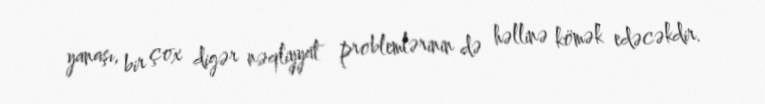
yanaşı, bir çox digər nəqliyyat problemlərinin də həllinə kömək edəcəkdir.